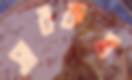
সাবরুম